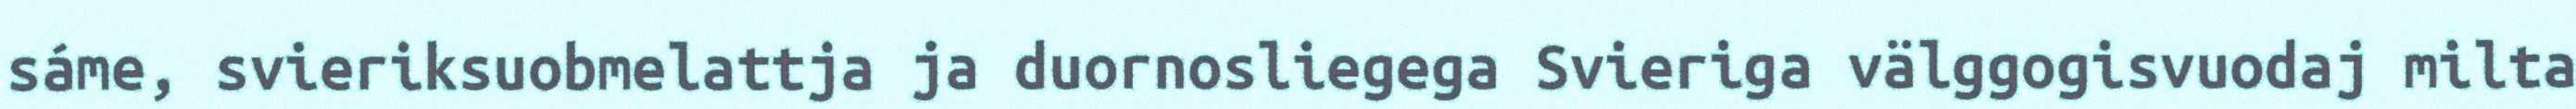
sáme, svieriksuobmelattja ja duornosliegega Svieriga välggogisvuodaj milta